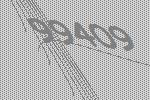
99409